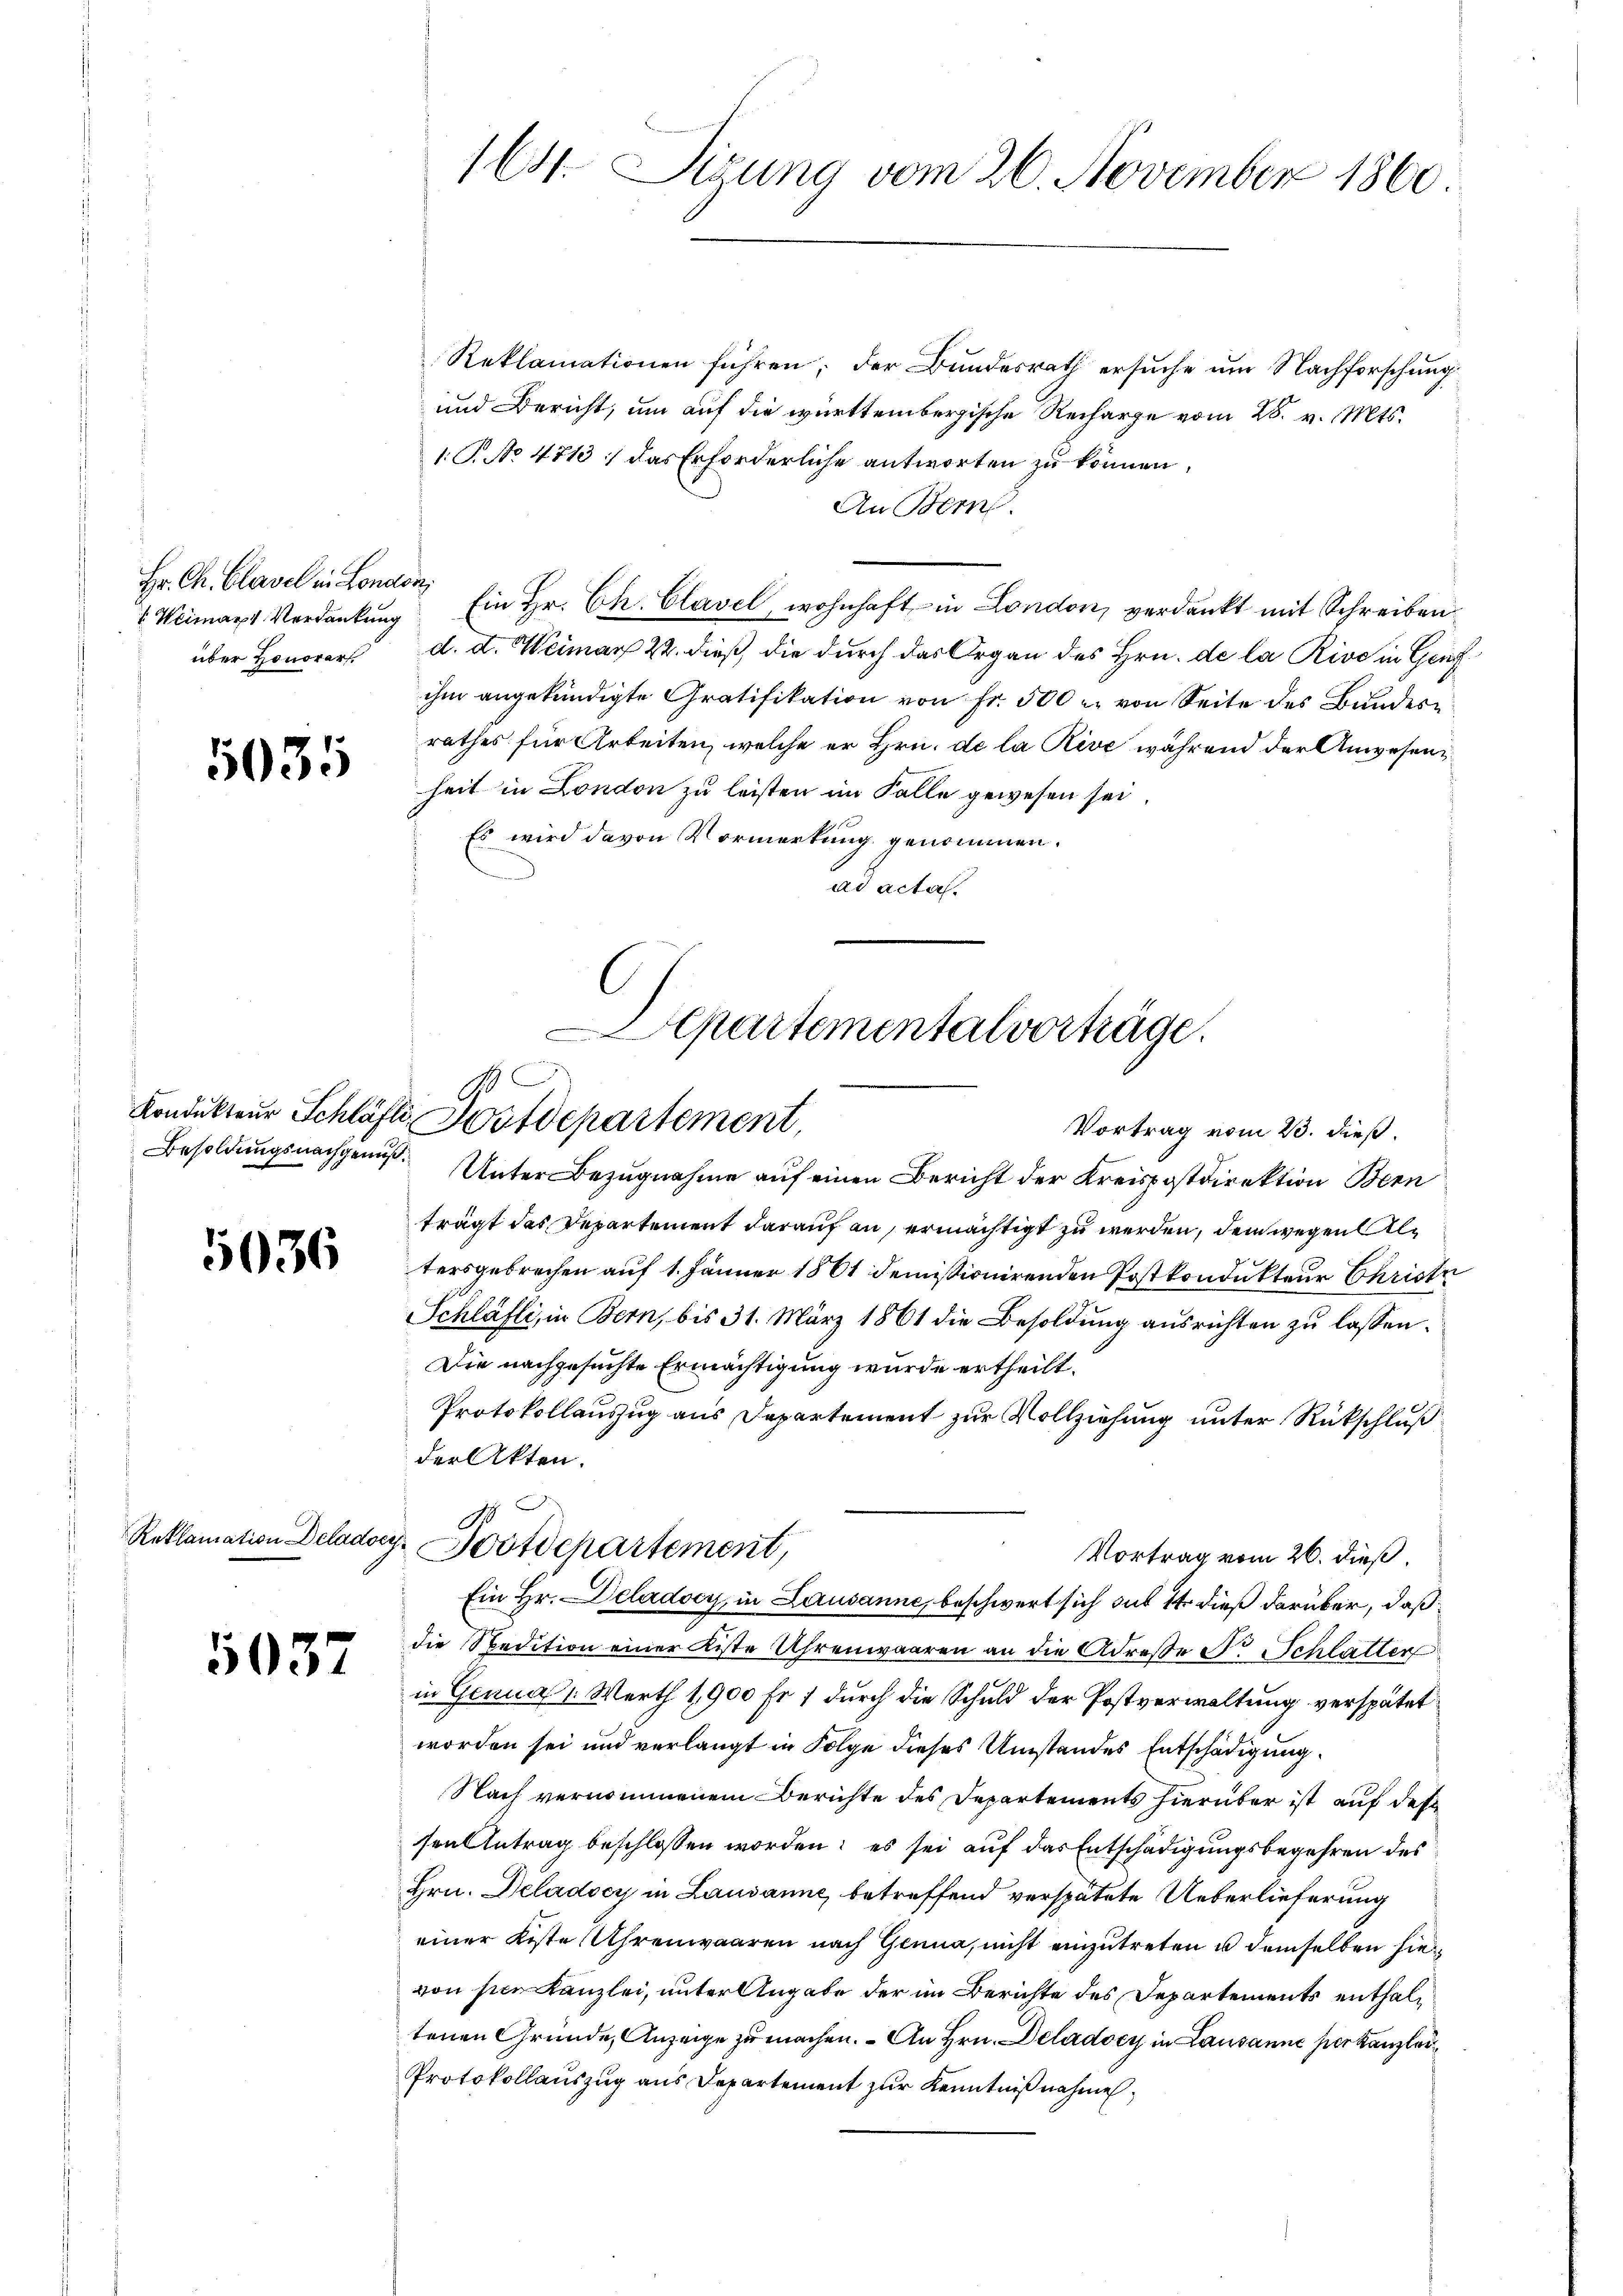
Hr. Ch. Clavel in London,
 Weimat Verdankung
über Honorars

5035

5036

5037

Reklamationen führen; der Bundesrath ersuche um Nachforschung
und Bericht, um auf die württembergische Recharge vom 28. v. Mts.
1. S. No 4713. das Erforderliche antworten zu können,
An Bern.
Ein Hr. Ch. Clavel, wohnhaft in London, verdankt mit Schreiben
d. d. Weimar 22. dieß, die durch das Organ des Hrn. de la Rive in Genf
ihm angekündigte Gratifikation von Fr. 500 u. von Seite des Bundesrathes für Arbeiten, welche er Hrn. de la Rive, während der Anwesenheit in London zu leisten im Falle gewesen sei,
Es wird davon Vormerkung genommen.
ad acta.

164. Sizung vom 26. November 1860

epartemental vorträge.
Kondukteur Schläfte Postdepartement,
Vortrag vom 23. dieß.

Besoldungsnachgenuß. Unter Bezugnahme auf einen Bericht der Kreispostdirektion Bern
trägt das Departement darauf an, ermächtigt zu werden, dem wegen Altersgebrechen auf 1. Jänner 1861 demissionirenden Postkondukteur Christe
Schläfli, in Bern, bis 31. März 1861 die Besoldung ausrichten zu lassen.
Die nachgesuchte Ermächtigung wurde ertheilt.
Protokollauszug aus Departement zur Vollziehung unter Rückschluß
der Akten.
Vortrag vom 26. dieß.
die Spedition einer Kiste Uhrenwaaren an die Adresse Dr. Schlatter
in Genua 1. Werth 1,900 Fr. 1 durch die Schuld der Postverwaltung verspätet
worden sei und verlangt in Folge dieses Umstandes Entschädigung
Nach vernommenem Berichte des Departements hierüber ist auf des
sen Antrag beschlossen worden; es sei auf das Entschädigungsbegehren des
Hrn. Péladocy in Lausanne, betreffend verspätete Ueberlieferung
einer Kiste Uhrenwaaren nach Genua, nicht einzutreten u demselben hie
von sei Kanzlei, unter Angabe der im Berichte des Departements enthaltenen Gründe, Anzeige zu machen. An Hrn. Deladocy in Lausanne per Kanzlei
Protokollauszug aus Departement zur Kenntniß nahme,

.
No
Reklamation Delader Postdepartement,
Ein Hr. Deladocy, in Lausanne, beschwert sich sub 14. dieß darüber, daß